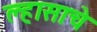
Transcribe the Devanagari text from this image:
ल्हासाचे